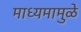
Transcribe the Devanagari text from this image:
माध्यमामुळे